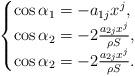
LaTeX: \begin{align*}\begin{cases}\cos\alpha_1=-a_{1j}x^j,\\\cos\alpha_2=-2\frac{a_{2j}x^j}{\rho S},\\\cos\alpha_2=-2\frac{a_{2j}x^j}{\rho S}.\end{cases}\end{align*}